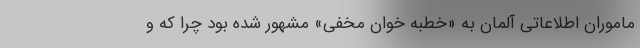
ماموران اطلاعاتی آلمان به «خطبه خوان مخفی» مشهور شده بود چرا که و